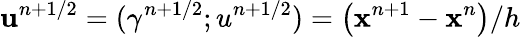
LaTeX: \mathbf{u}^{n+1/2}=(\gamma^{n+1/2};u^{n+1/2})=\bigl(\mathbf{x}^{n+1}-\mathbf{x}^{n}\bigr)/h